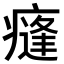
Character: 𭼣